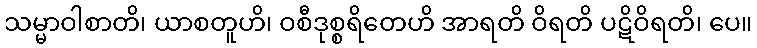
သမ္မာဝါစာတိ၊ ယာစတူဟိ၊ ဝစီဒုစ္စရိတေဟိ အာရတိ ဝိရတိ ပဋိဝိရတိ၊ ပေ။